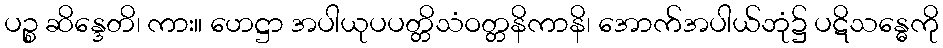
ပဉ္စ ဆိန္ဒေတိ၊ ကား။ ဟေဋ္ဌာ အပါယုပပတ္တိသံဝတ္တနိကာနိ၊ အောက်အပါယ်ဘုံ၌ ပဋိသန္ဓေကို